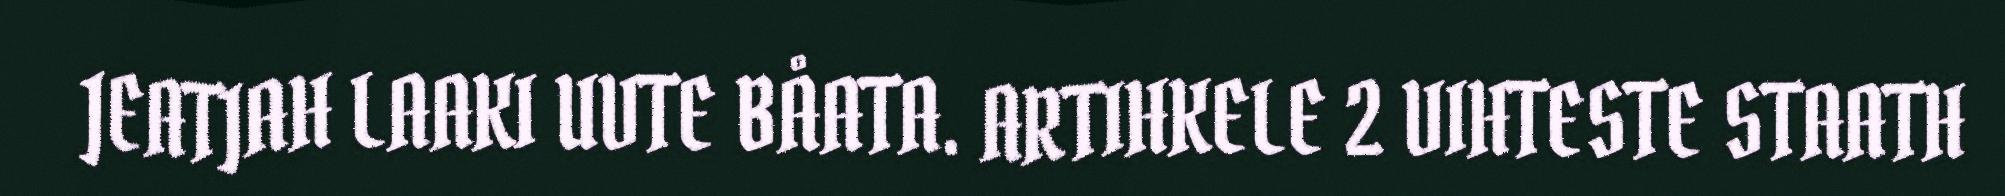
JEATJAH LAAKI UVTE BÅATA. ARTIHKELE 2 VIHTESTE STAATH